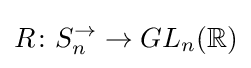
R\colon S_{n}^{\rightarrow }\to GL_{n}(\mathbb {R} )